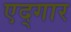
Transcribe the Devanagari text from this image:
एद्गार